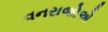
વનરાજોએ